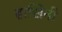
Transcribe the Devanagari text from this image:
हासिनी